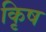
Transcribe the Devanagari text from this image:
कृिष